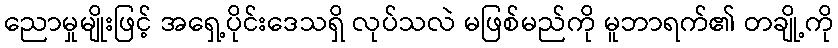
ညောမှုမျိုးဖြင့် အရှေ့ပိုင်းဒေသရှိ လုပ်သလဲ မဖြစ်မည်ကို မူဘာရက်၏ တချို့ကို